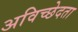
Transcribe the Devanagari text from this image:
अविच्छेदता